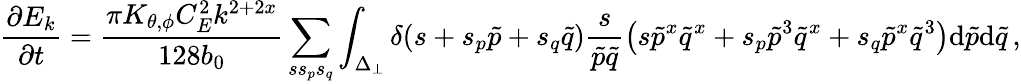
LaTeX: \frac{\partial E_{k}}{\partial t}=\frac{\pi K_{\theta,\phi}C_{E}^{2}k^{2+2x}}{128b_{0}}\sum_{ss_{p}s_{q}}\int_{\Delta_{\perp}}\delta(s+s_{p}\tilde{p}+s_{q}\tilde{q})\frac{s}{\tilde{p}\tilde{q}}\left(s{\tilde{p}}^{x}{\tilde{q}}^{x}+s_{p}{\tilde{p}}^{3}{\tilde{q}}^{x}+s_{q}{\tilde{p}}^{x}{\tilde{q}}^{3}\right)\mathrm{d}{\tilde{p}}\mathrm{d}{\tilde{q}}\, ,